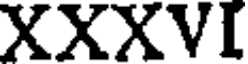
XXXVI